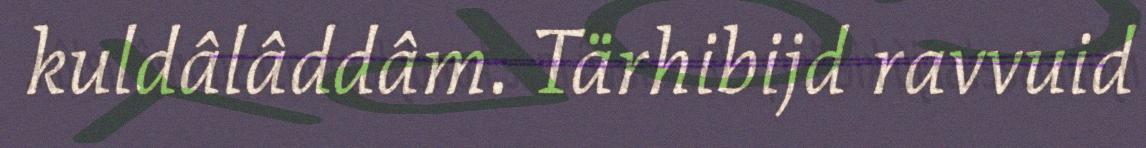
kuldâlâddâm. Tärhibijd ravvuid